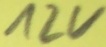
Text: 12V